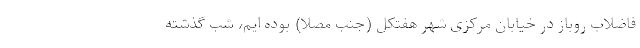
فاضلاب روباز در خیابان مرکزی شهر هفتکل (جنب مصلا) بوده ایم، شب گذشته